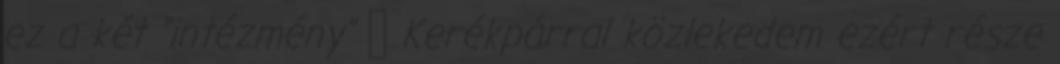
ez a két "intézmény"  Kerékpárral közlekedem ezért része